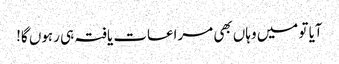
آیا تو میں وہاں بھی مراعات یافتہ ہی رہوں گا!